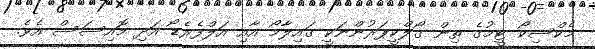
މެކްސިކޯ ޓީމުގެ ތިން ގޯލްކީޕަރުންނަކީ ގައިލާމޯ އާއި އަލްފެރެޑޯ އަދި މޮއިސަސް އެވެ.